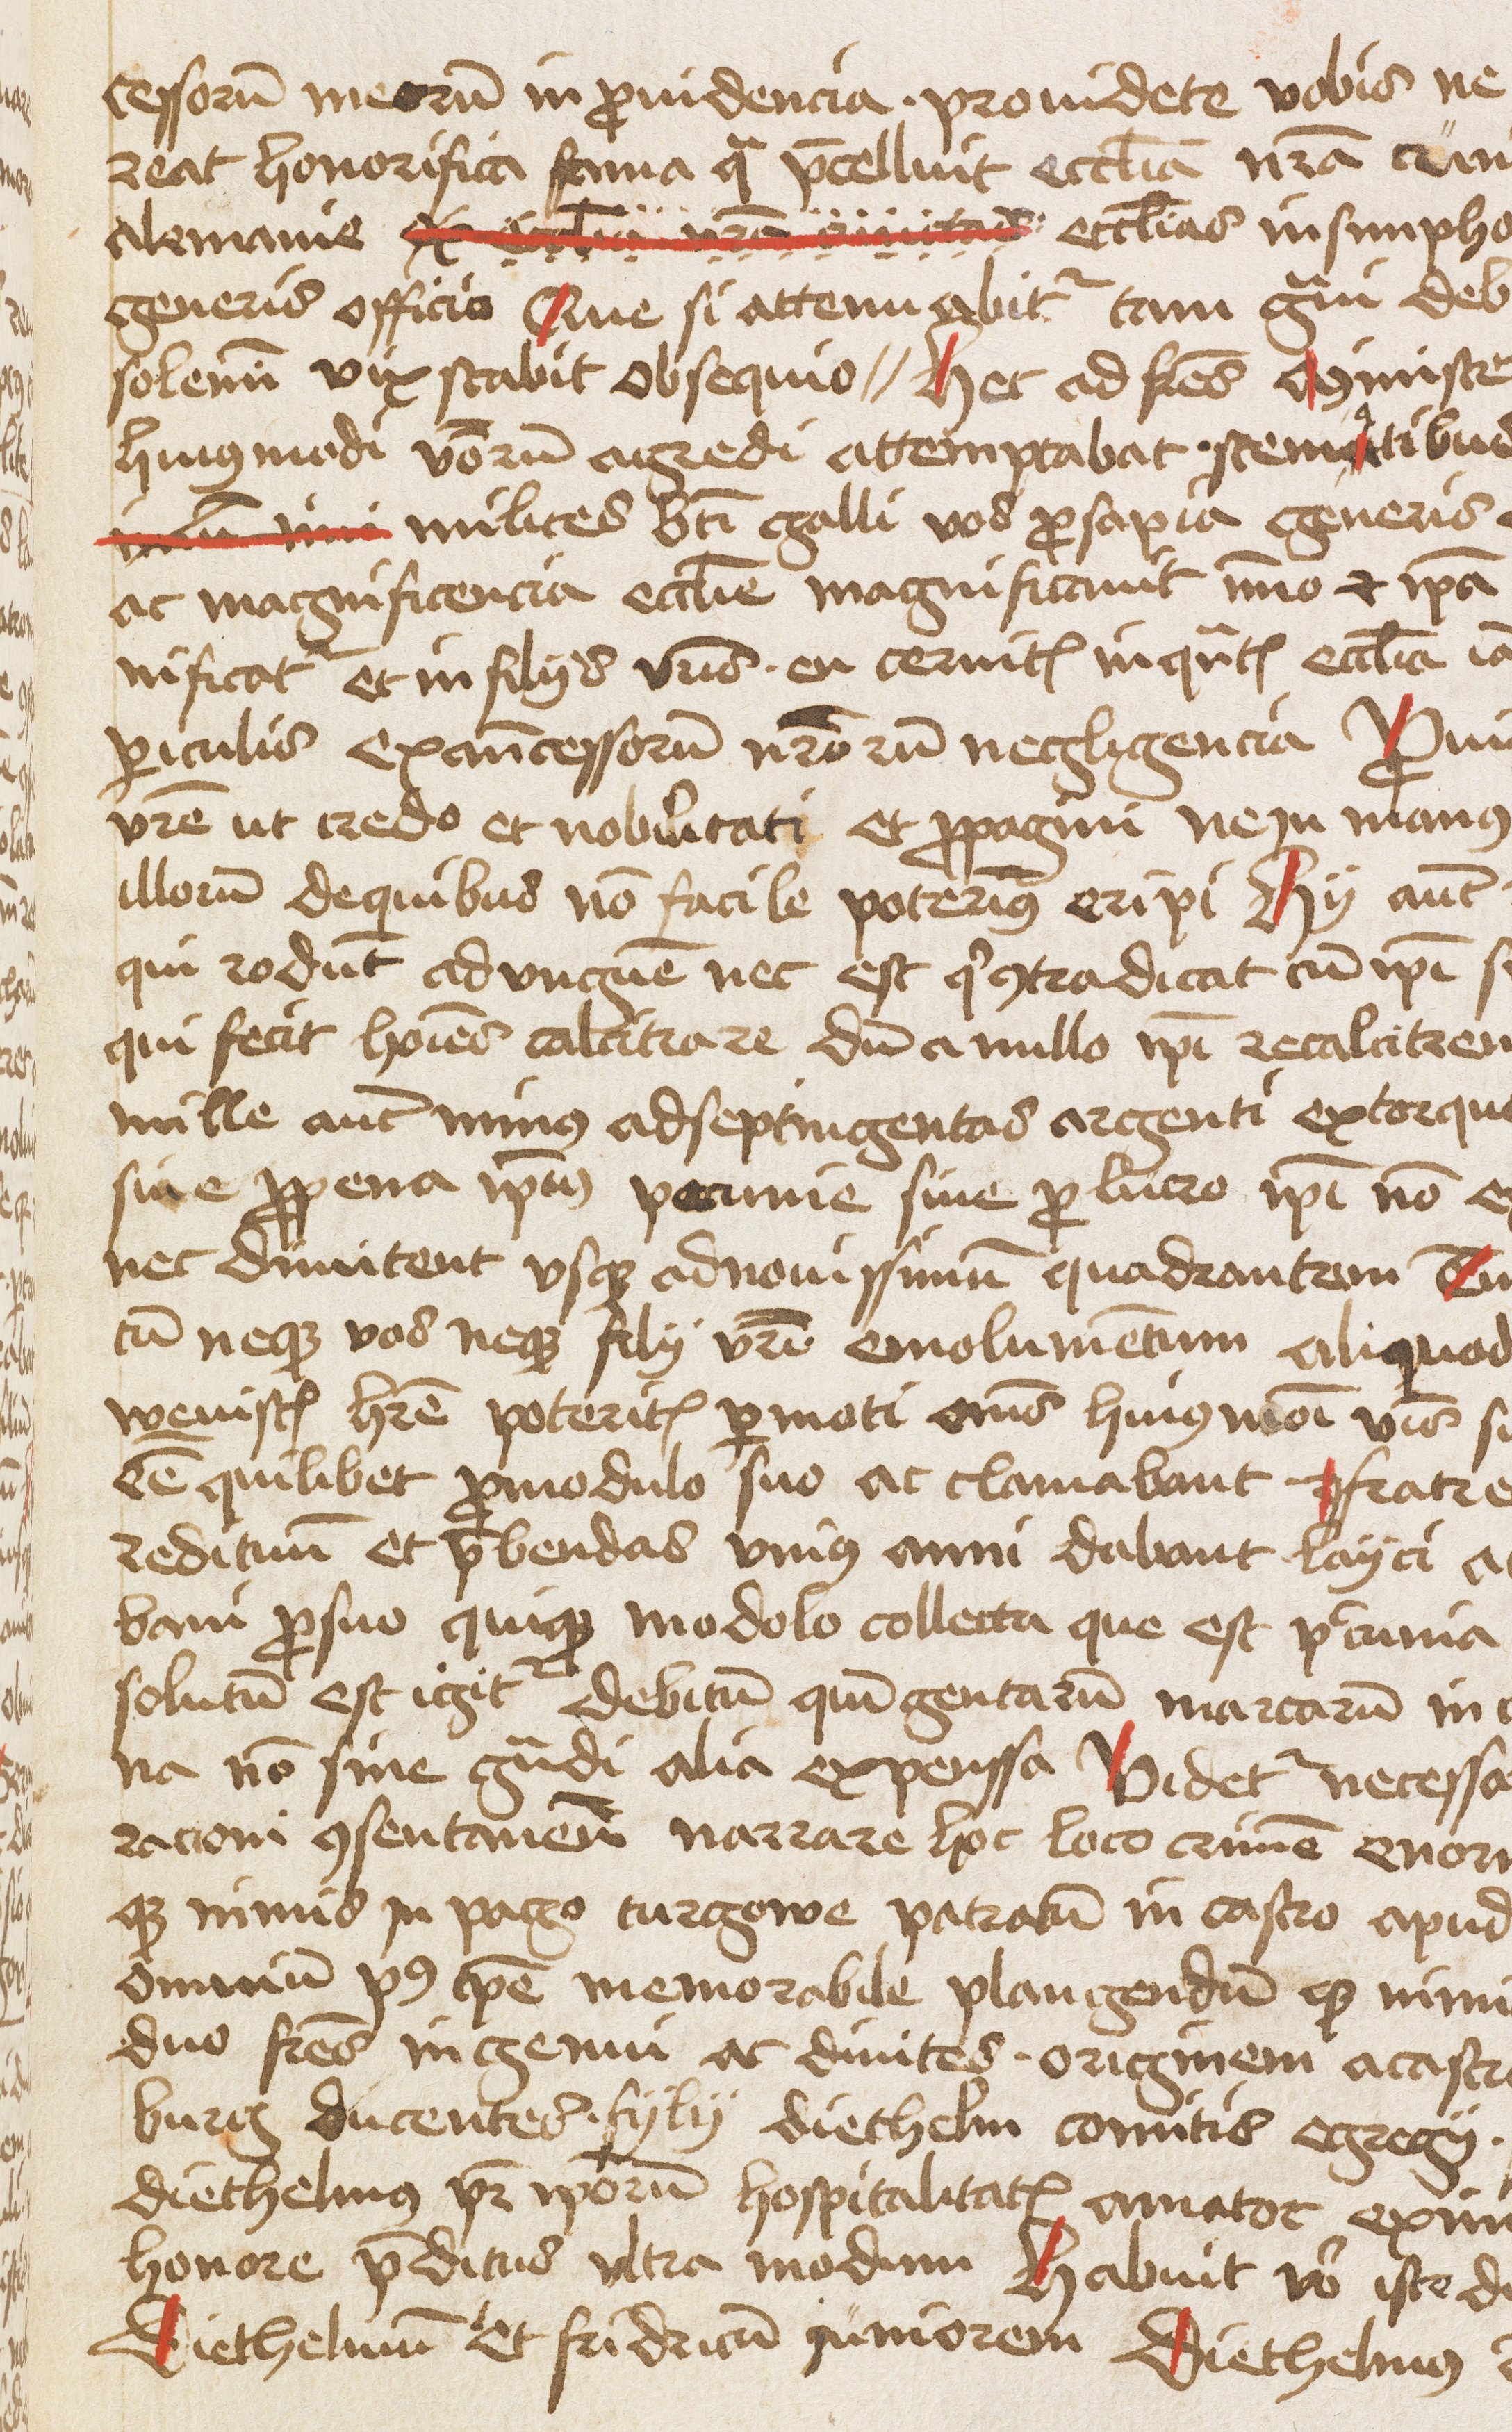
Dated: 1475–1495